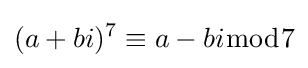
(a+bi)^{7}\equiv a-bi{\bmod {7}}